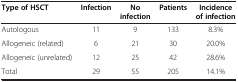
<table><thead><tr><td><b>Type of HSCT</b></td><td><b>Infection</b></td><td><b>No infection</b></td><td><b>Patients</b></td><td><b>Incidence of infection</b></td></tr></thead><tbody><tr><td>Autologous</td><td>11</td><td>9</td><td>133</td><td>8.3%</td></tr><tr><td>Allogeneic (related)</td><td>6</td><td>21</td><td>30</td><td>20.0%</td></tr><tr><td>Allogeneic (unrelated)</td><td>12</td><td>25</td><td>42</td><td>28.6%</td></tr><tr><td>Total</td><td>29</td><td>55</td><td>205</td><td>14.1%</td></tr></tbody></table>